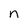
Character: n